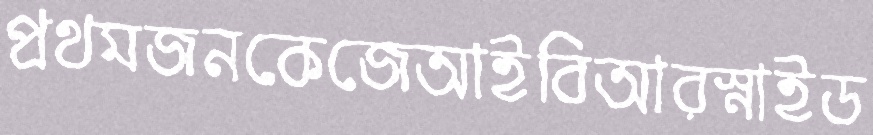
প্রথমজনকেজেআইবিআরস্নাইড